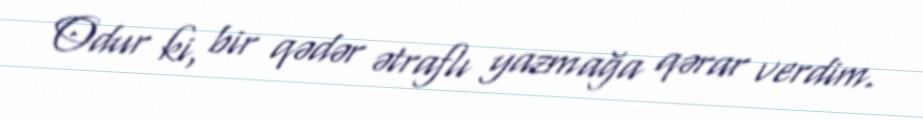
Odur ki, bir qədər ətraflı yazmağa qərar verdim.